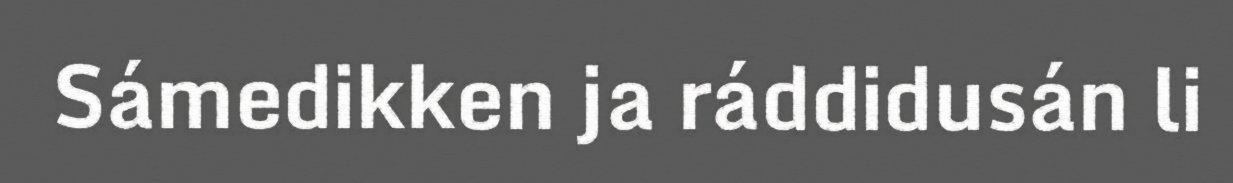
Sámedikken ja ráddidusán li